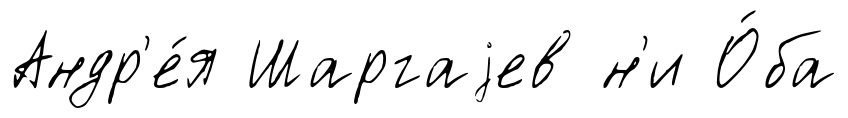
Андр'е́я Шаргаjев н'и О́ба